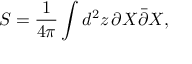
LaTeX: S = \frac { 1 } { 4 \pi } \int d ^ { 2 } z \, \partial X \bar { \partial } X ,